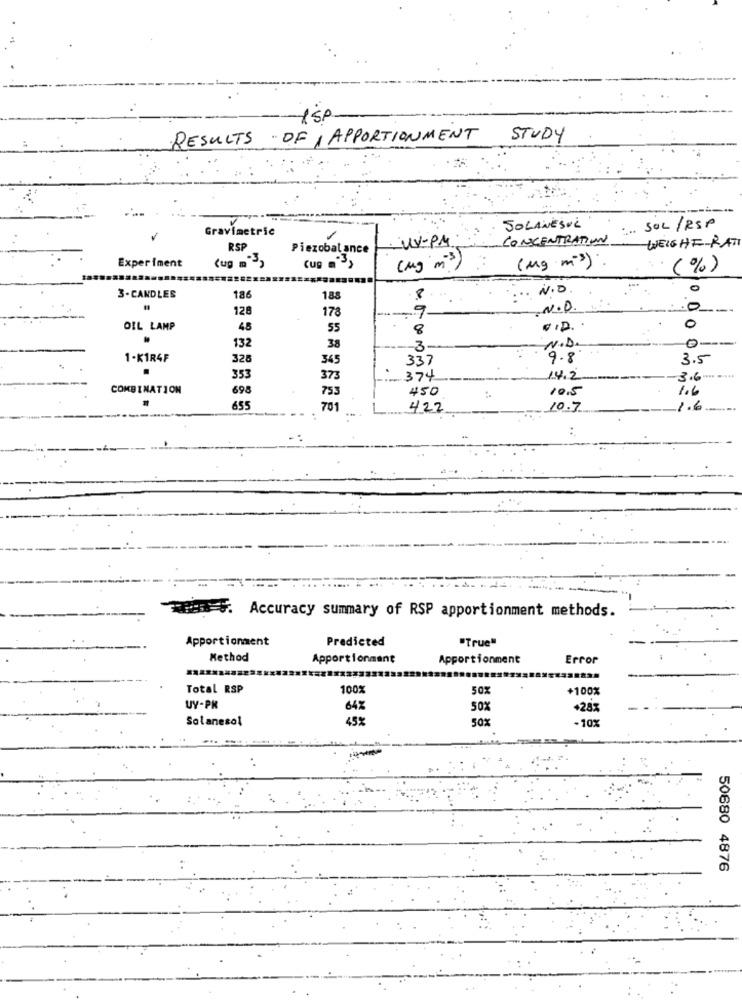
-1SP
RESULTS OF I APPORTIONMENT
STUDY
Gravimetric
SOLANESUL
... SOL / RSP
1
CONCENTRATION
RSP
Piezobalance
UV-PM
WEIGHT-RAT
(Mg m3)
Experiment
(ug m">
Cup ">
(Mg mº3)
(%)
N.O
0
3-CANDLES
186
188
8
128
178
9
-N.D.
0
OIL LAMP
45
55
8
0
0 --
132
38
-3-
N.D.
1-K1R4F
328
345
337
9.8
3.5
353
373
374
14.2
3.6
COMBINATION
698
753
450
10.5
1.6
655
701
422
10.7
1.6
. .
Accuracy summary of RSP apportionment methods.
Apportionment
Predicted
"True"
Method
Apportionment
Apportionment
Error
Total RSP
100%
50%
+100%
UY-PK
64%
50%
+28%
Solanesol
45%
50%
-10%
50680 4876